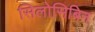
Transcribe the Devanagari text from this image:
सिलोसिबिन